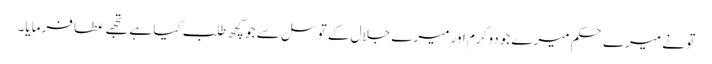
تو نے میرے حکم میرے جودو کرم اور میرے جلال کے توسل سے جو کچھ طلب کیا ہے تجھے عطا فرمایا۔